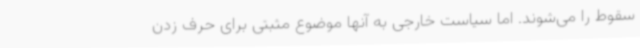
سقوط را می‌شوند. اما سیاست خارجی به آنها موضوع مثبتی برای حرف زدن